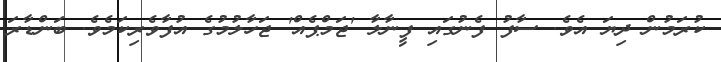
ކުރަމުން ދިޔަ އެވެ. ސާފު ފެނުގައި ފީނާލާ 'ޖަމްޕެއް' ޖަހާލުމުގެ އުފާވެރިކަމެވެ. ބަންޑާރަ